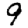
Digit: 9